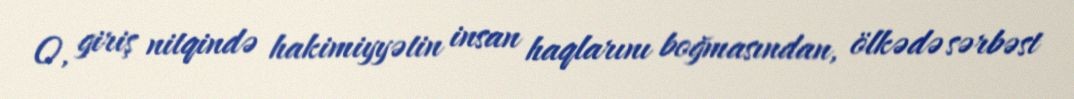
O, giriş nitqində hakimiyyətin insan haqlarını boğmasından, ölkədə sərbəst